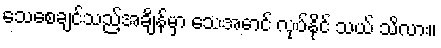
သေစေချင်သည့်အချိန်မှာ သေအောင် လုပ်နိုင် သယ် သိလား။